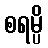
စရမ္ပိ